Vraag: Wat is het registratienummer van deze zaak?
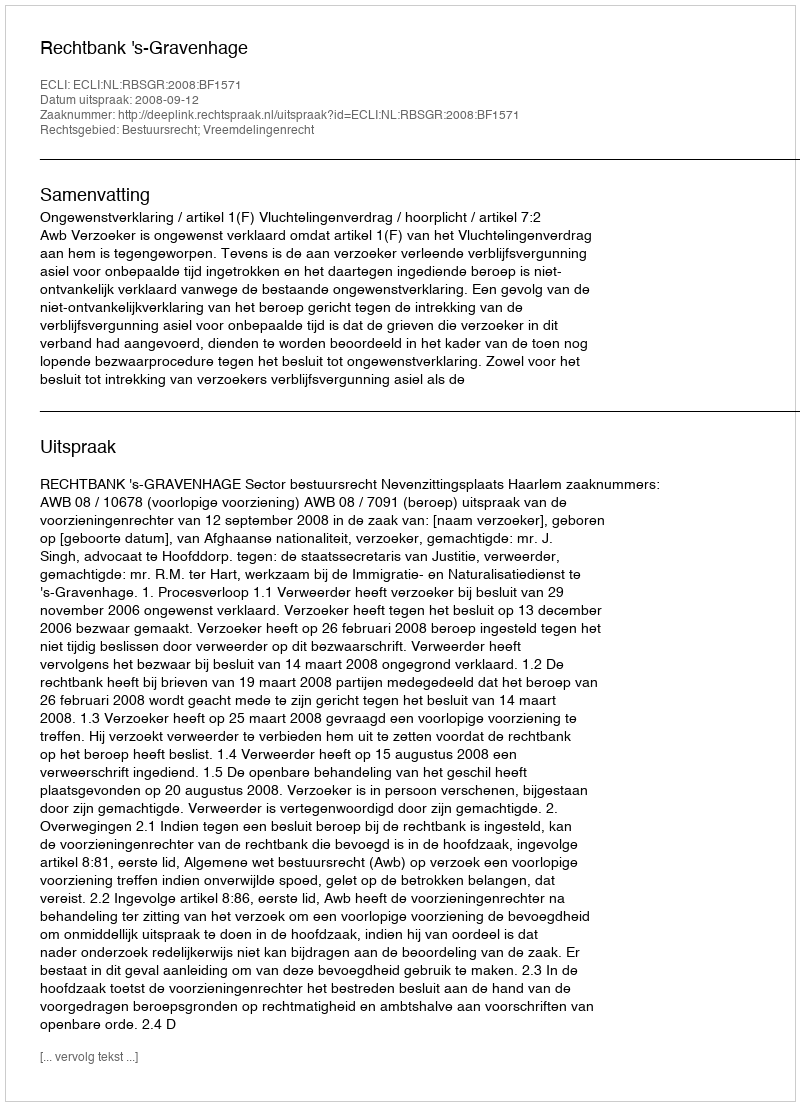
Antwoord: http://deeplink.rechtspraak.nl/uitspraak?id=ECLI:NL:RBSGR:2008:BF1571